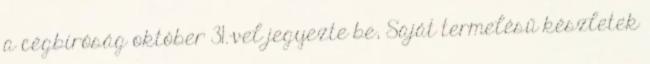
a cégbíróság október 31.-vel jegyezte be, Saját termelésű készletek